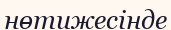
нөтижесінде